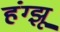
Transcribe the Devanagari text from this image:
हंग्झू